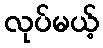
လုပ်မယ့်